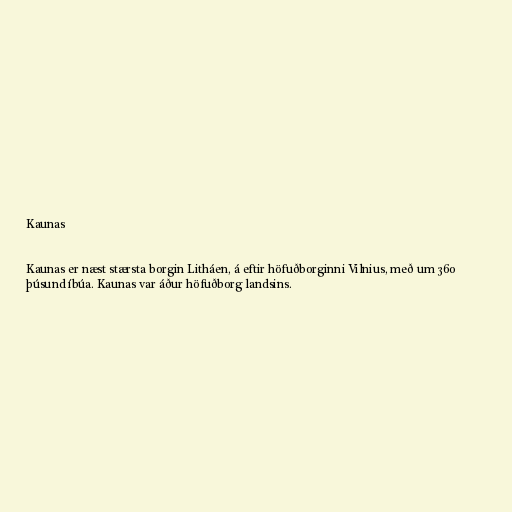
Kaunas

Kaunas er næst stærsta borgin Litháen, á eftir höfuðborginni Vilnius, með um 360
þúsund íbúa. Kaunas var áður höfuðborg landsins.